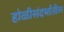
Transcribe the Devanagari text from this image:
होळीसंदर्भातील